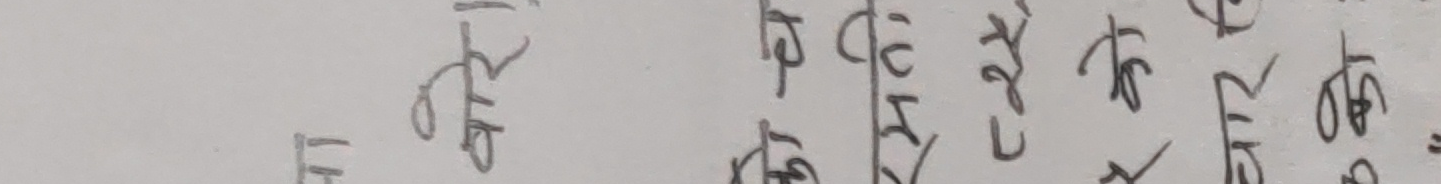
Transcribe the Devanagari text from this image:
केही